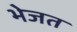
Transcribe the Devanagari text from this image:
भेजत